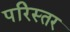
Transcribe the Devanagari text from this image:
परिस्तर